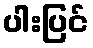
ပါးပြင်